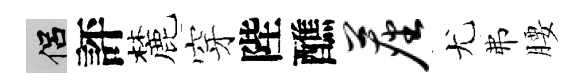
侣評麓穿陛醮尘尤弗腰